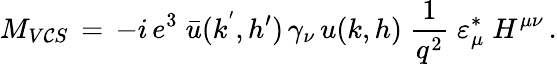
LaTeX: M_{V\mathcal{C}S}\, =\, -i\, e^{3}\; \bar{{u}}(k^{'},h^{\prime})\, \gamma_{\nu}\, u(k,h)\; {\frac{{1}}{{q^{2}}}}\; \varepsilon_{\mu}^{*}\; H^{\mu\nu}\, .